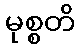
မုစ္စတိ